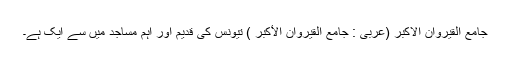
جامع القیروان الاکبر (عربی : جامع القيروان الأكبر ) تیونس کی قدیم اور اہم مساجد میں سے ایک ہے۔